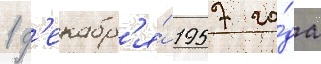
1 д'екабр'я́ 1957 го́да